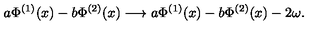
a \Phi ^ { ( 1 ) } ( x ) - b \Phi ^ { ( 2 ) } ( x ) \longrightarrow a \Phi ^ { ( 1 ) } ( x ) - b \Phi ^ { ( 2 ) } ( x ) - 2 \omega .